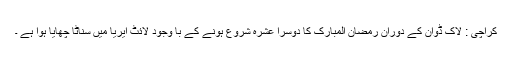
کراچی : لاک ڈوان کے دوران رمضان المبارک کا دوسرا عشرہ شروع ہونے کے با وجود لائٹ ایریا میں سناٹا چھایا ہوا ہے ۔